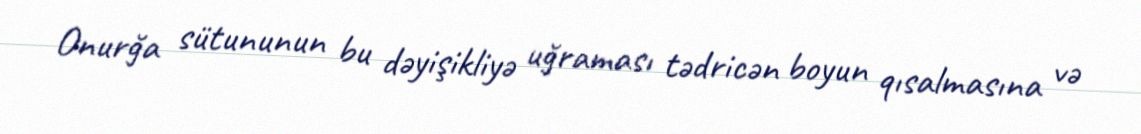
Onurğa sütununun bu dəyişikliyə uğraması tədricən boyun qısalmasına və